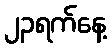
၂၃ရက်နေ့